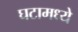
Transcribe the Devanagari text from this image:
घटामध्ये